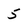
Character: 5